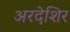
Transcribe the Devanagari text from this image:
अरदेशिर